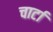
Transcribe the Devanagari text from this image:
चार्टा